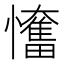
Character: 𢤬